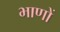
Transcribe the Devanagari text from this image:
भाणों